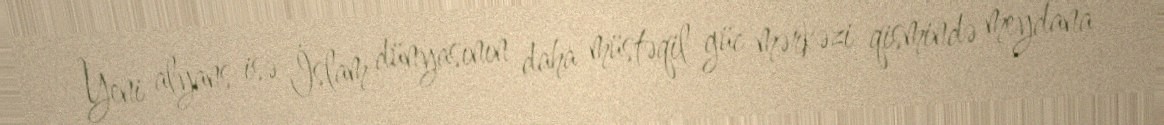
Yeni alyans isə İslam dünyasının daha müstəqil güc mərkəzi qismində meydana